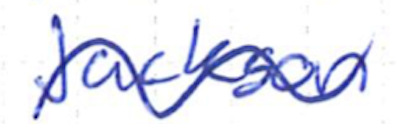
Text: Jackson
Cross-out: wave
Writing tool: ballpoint